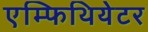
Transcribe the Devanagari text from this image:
एम्फिथियेटर